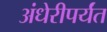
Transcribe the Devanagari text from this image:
अंधेरीपर्यंत